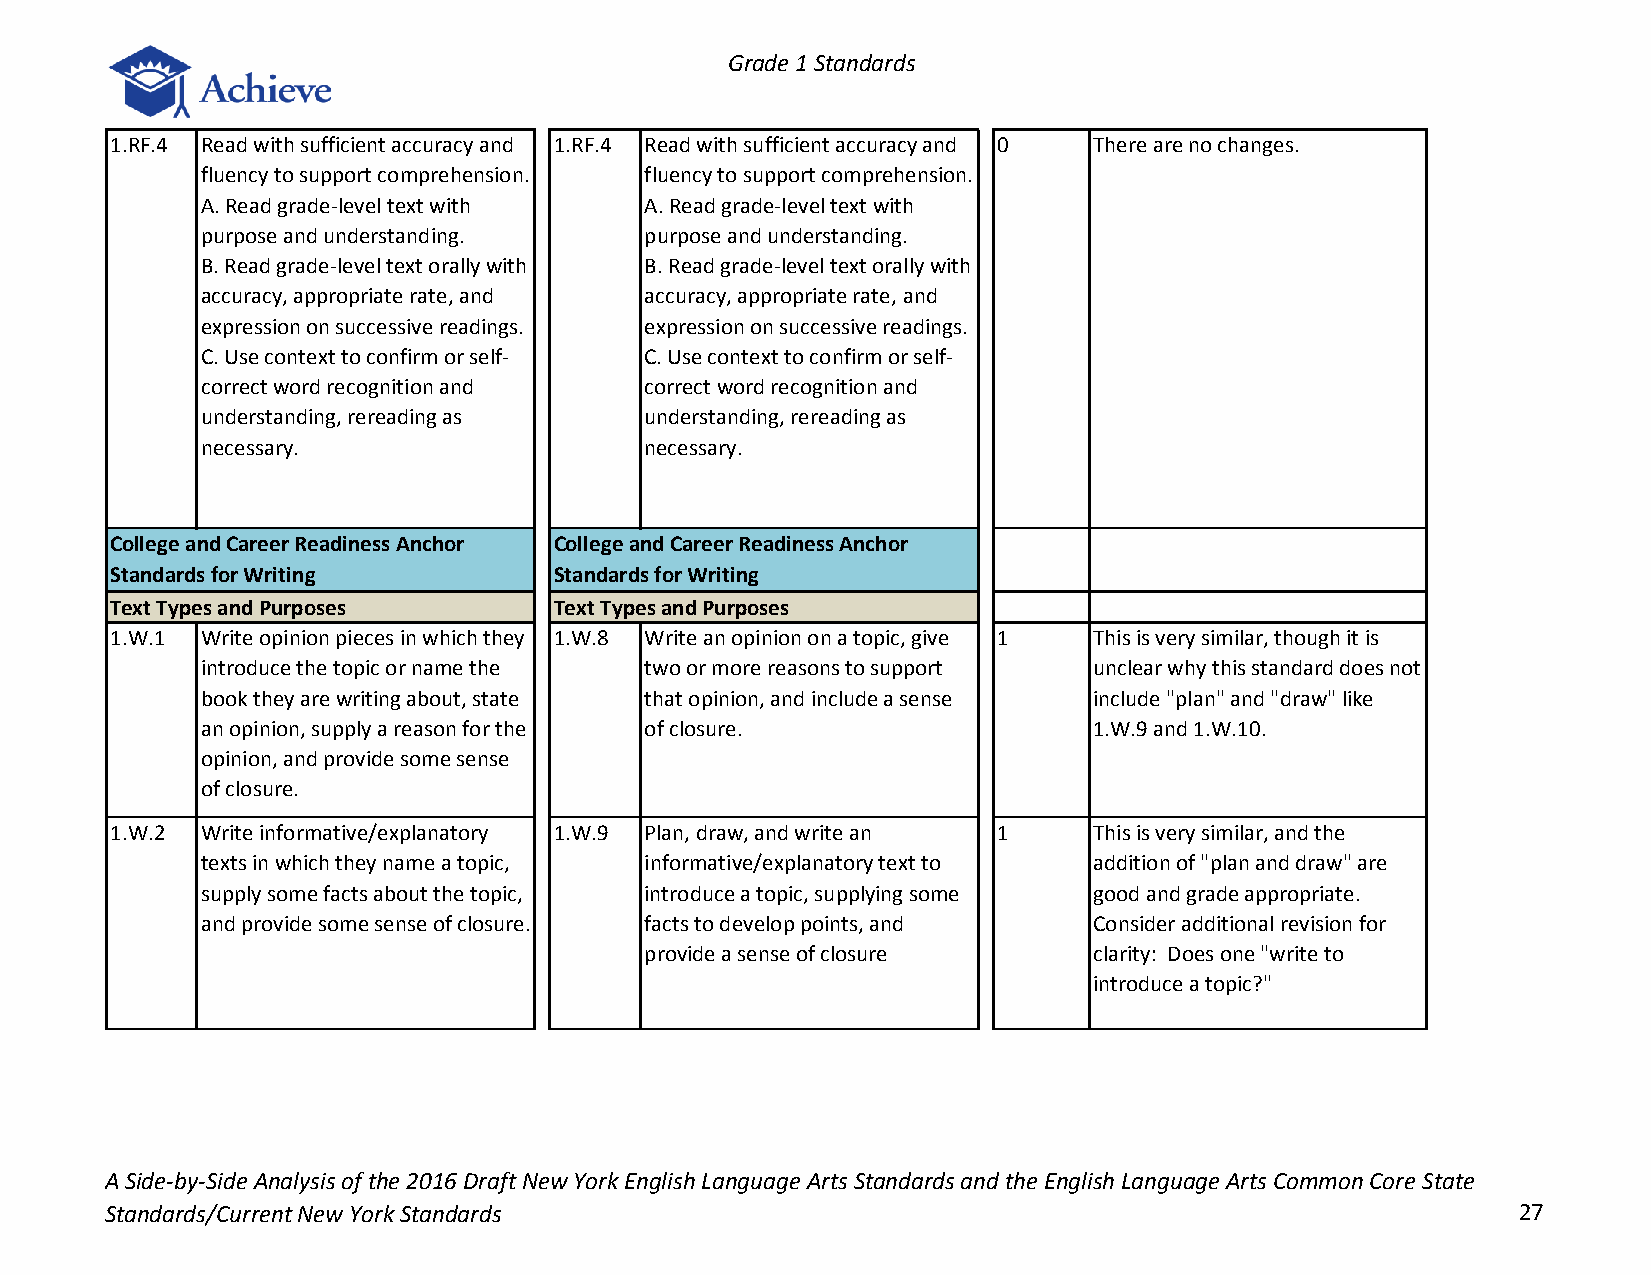
Grade 1 Standards
 1.RF.4 Read with sufficient accuracy and 1.RF.4 Read with sufficient accuracy and 0 There are no changes.
 fluency to support comprehension. fluency to support comprehension.
 A. Read grade-level text with A. Read grade-level text with
 purpose and understanding.    purpose and understanding.
 B. Read grade-level text orally with B. Read grade-level text orally with
 accuracy, appropriate rate, and accuracy, appropriate rate, and
 expression on successive readings. expression on successive readings.
 C. Use context to confirm or self- C. Use context to confirm or self-
 correct word recognition and  correct word recognition and
 understanding, rereading as   understanding, rereading as
 necessary.                    necessary.
 College and Career Readiness Anchor College and Career Readiness Anchor
 Standards for Writing         Standards for Writing
 Text Types and Purposes       Text Types and Purposes
 1.W.1 Write opinion pieces in which they 1.W.8 Write an opinion on a topic, give 1 This is very similar, though it is
 introduce the topic or name the two or more reasons to support unclear why this standard does not
 book they are writing about, state that opinion, and include a sense include "plan" and "draw" like
 an opinion, supply a reason for the of closure.            1.W.9 and 1.W.10.
 opinion, and provide some sense
 of closure.
 1.W.2 Write informative/explanatory 1.W.9 Plan, draw, and write an 1 This is very similar, and the
 texts in which they name a topic, informative/explanatory text to addition of "plan and draw" are
 supply some facts about the topic, introduce a topic, supplying some good and grade appropriate.
 and provide some sense of closure. facts to develop points, and Consider additional revision for
 provide a sense of closure   clarity: Does one "write to
 introduce a topic?"
 A Side-by-Side Analysis of the 2016 Draft New York English Language Arts Standards and the English Language Arts Common Core State
 Standards/Current New York Standards                                                         27